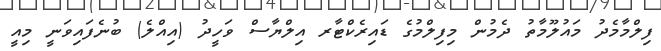
ފިލްމާމެދު މައުލޫމާތު ދެމުން މިފިލްމުގެ ޑައިރެކްޓާރ އިލްޔާސް ވަހީދު (އިއްލެ) ބުނެފައިވަނީ މިއީ